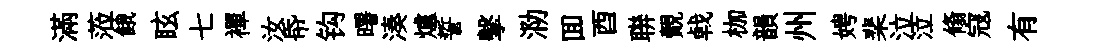
滿蒞餓眩七襌汝帋钩曙湊爐誓擊泐囬酉聨覿㦸枷韻州娉棐泣泣翛寇有